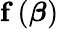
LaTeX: \mathbf{f}\left({\boldsymbol{\beta}}\right)